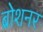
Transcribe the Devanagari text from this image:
ब्रोशनर